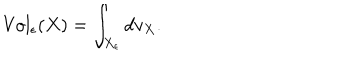
LaTeX: \mathrm { V o l } _ { \epsilon } ( X ) = \int _ { X _ { \epsilon } } d v _ { X } .